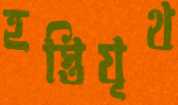
হস্তিযূথ